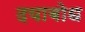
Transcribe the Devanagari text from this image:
दयाबोध